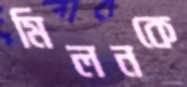
মিলনকে